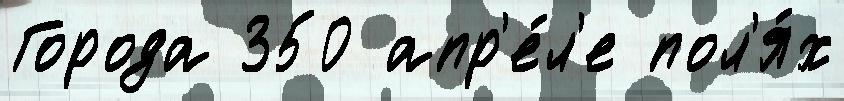
Города 350 апр'е́л'е пол'я́х